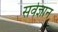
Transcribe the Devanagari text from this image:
सर्वज्ञान